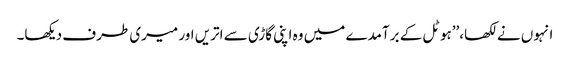
انہوں نے لکھا،’’ہوٹل کے برآمدے میں وہ اپنی گاڑی سے اتریں اور میری طرف دیکھا۔